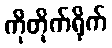
ကိုတိုက်ရိုက်